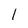
Character: 1